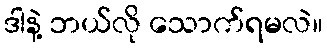
ဒါနဲ့ ဘယ်လို သောက်ရမလဲ။